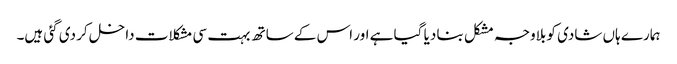
ہمارے ہاں شادی کو بلاوجہ مشکل بنا دیا گیا ہے اور اس کے ساتھ بہت سی مشکلات داخل کر دی گئی ہیں۔